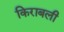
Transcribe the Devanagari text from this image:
किराबली